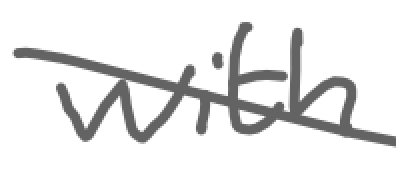
Text: with
Cross-out: diagonal
Writing tool: digital_gray